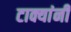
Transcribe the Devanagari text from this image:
टाक्यांनी